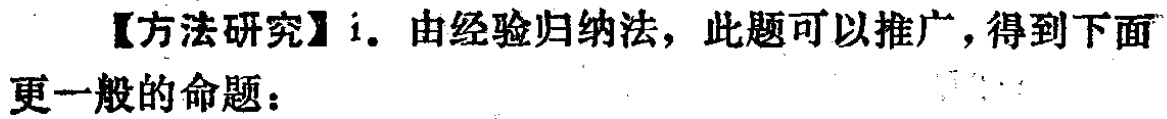
【方法研究】i. 由经验归纳法，此题可以推广，得到下面更一般的命题：